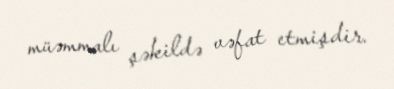
müəmmalı şəkildə vəfat etmişdir.